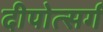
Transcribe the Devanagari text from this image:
दीपोत्सर्ग